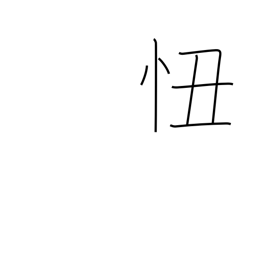
Meaning: shame